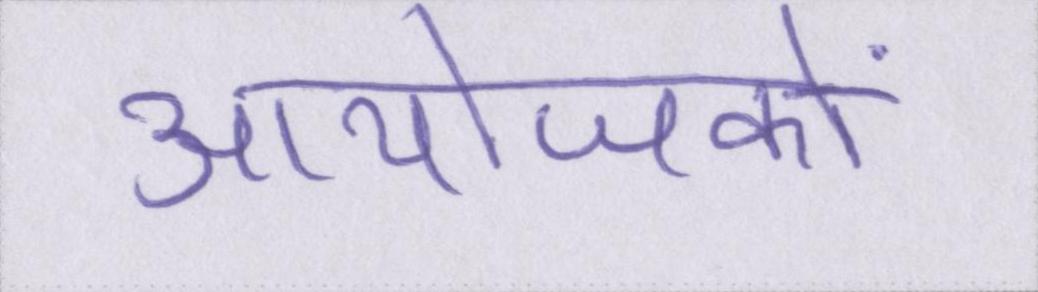
आयोजकों